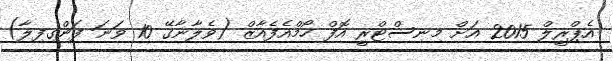
އެޕްރީލް 2015 އަށް މިނިސްޓްރީ އޮފް ހޯމްއެފެއާޒް (ވެލާނާގޭ 10 ވަނަ ފަންގިފިލާ)